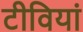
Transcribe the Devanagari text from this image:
टीवियां